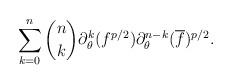
LaTeX: \begin{align*}\sum_{k=0}^n \binom{n}{k} \partial_\theta^k (f^{p/2}) \partial_\theta^{n-k} (\overline{f})^{p/2}.\end{align*}